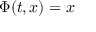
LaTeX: \Phi ( t , x ) = x